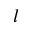
l